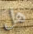
هل